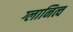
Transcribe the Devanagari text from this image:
ग्लानित्व